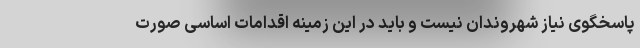
پاسخگوی نیاز شهروندان نیست و باید در این زمینه اقدامات اساسی صورت